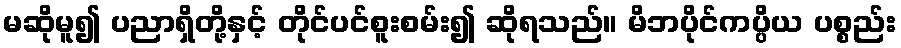
မဆိုမူ၍ ပညာရှိတို့နှင့် တိုင်ပင်စူးစမ်း၍ ဆိုရသည်။ မိဘပိုင်ကပ္ပိယ ပစ္စည်း